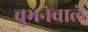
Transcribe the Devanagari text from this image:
चुभनेवाले